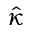
\hat { \kappa }